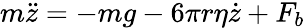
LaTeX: m\ddot{z}=-mg-6\pi r\eta\dot{z}+F_{b}